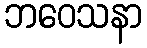
ဘဝေသနာ